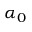
\alpha _ { 0 }